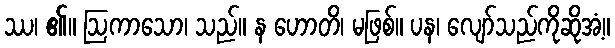
ဿ၊ ၏။ ဩကာသော၊ သည်။ န ဟောတိ၊ မဖြစ်။ ပန၊ လျော်သည်ကိုဆိုအံ့။